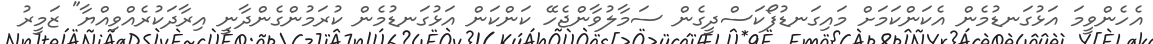
އެހެންވީމަ އަޅުގަނޑުމެން އެކަންކަމަށް މައިގަނޑުފޯކަސްދީގެން ސަމާލުވާންޖެހޭ ކަންކަން އަޅުގަނޑުމެން ކުރަމުންގެންދާނީ އިރާދަކުރެއްވިއްޔާ" ޒަމީރު